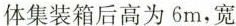
体集装箱后高为6m，宽